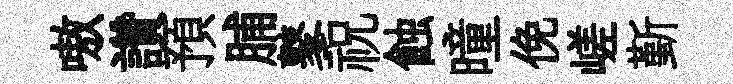
嗷讚預脯鼕祝蝕曈俛嵯斳